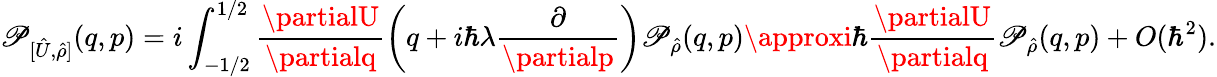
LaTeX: \mathscr{P}_{[\hat{{U}},\hat{{\rho}}]}(q,p)=i\int_{-1/2}^{1/2}\frac{{\partialU}}{{\partialq}}\left(q+i\hbar\lambda\frac{{\partial}}{{\partialp}}\right)\mathscr{P}_{\hat{{\rho}}}(q,p)\approxi\hbar\frac{{\partialU}}{{\partialq}}\mathscr{P}_{\hat{{\rho}}}(q,p)+O(\hbar^{2}).